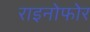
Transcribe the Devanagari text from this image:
राइनोफोर